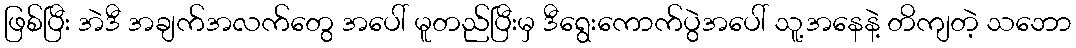
ဖြစ်ပြီး အဲဒီ အချက်အလက်တွေ အပေါ် မူတည်ပြီးမှ ဒီရွေးကောက်ပွဲအပေါ် သူ့အနေနဲ့ တိကျတဲ့ သဘော